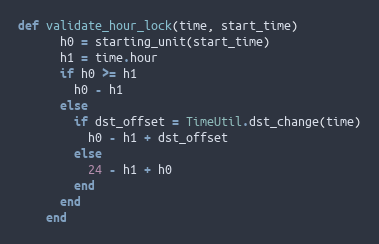
Language: Ruby
def validate_hour_lock(time, start_time)
      h0 = starting_unit(start_time)
      h1 = time.hour
      if h0 >= h1
        h0 - h1
      else
        if dst_offset = TimeUtil.dst_change(time)
          h0 - h1 + dst_offset
        else
          24 - h1 + h0
        end
      end
    end